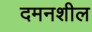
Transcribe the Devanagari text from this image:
दमनशील